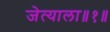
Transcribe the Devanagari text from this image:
जेत्याला॥१॥